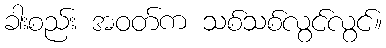
ခါးစည်း အဝတ်က သစ်သစ်လွင်လွင်။